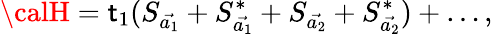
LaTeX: {\calH}=\mathsf{t}_{1}(S_{\vec{{a_{1}}}}+S_{\vec{{a_{1}}}}^{*}+S_{\vec{{a_{2}}}}+S_{\vec{{a_{2}}}}^{*})+\ldots,